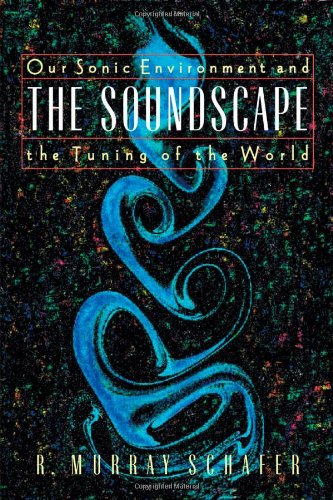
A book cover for The Soundscape; R. Murray Schafer; Science & Math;